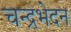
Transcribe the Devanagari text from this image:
चन्द्रभेदन